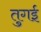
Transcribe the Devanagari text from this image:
तुगई